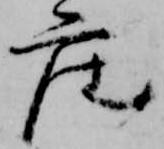
座